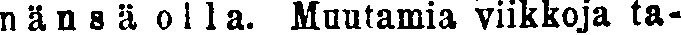
nänsä olla. Muutamia viikkoja ta-